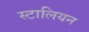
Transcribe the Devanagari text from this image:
स्टालियन